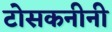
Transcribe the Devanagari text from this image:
टोसकनीनी